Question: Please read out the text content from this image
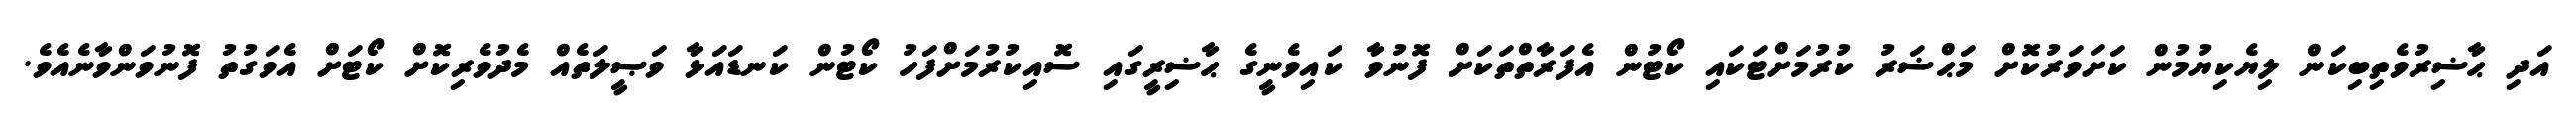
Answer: އަދި ޙާޟިރުވެތިބިކަން ލިޔެކިޔުމުން ކަށަވަރުކޮށް މަޙްޟަރު ކުރުމަށްޓަކައި ކޯޓުން އެފަރާތްތަކަށް ފޮނުވާ ކައިވެނީގެ ޙާޟިރީގައި ސޮއިކުރުމަށްފަހު ކޯޓުން ކަނޑައަޅާ ވަޞީލަތެއް މެދުވެރިކޮށް ކޯޓަށް އެވަގުތު ފޮނުވަންވާނެއެވެ.